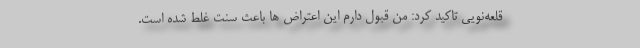
قلعه‌نویی تاکید کرد: من قبول دارم این اعتراض ها باعث سنت غلط شده است.